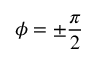
\phi = \pm \frac { \pi } { 2 }